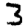
Digit: 3